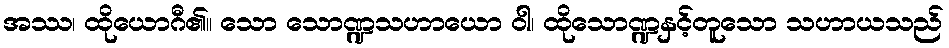
အဿ၊ ထိုယောဂီ၏။ သော သောဏ္ဍသဟာယော ဝါ၊ ထိုသောဏ္ဍနှင့်တူသော သဟာယသည်